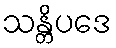
သန္တိပဒေ